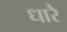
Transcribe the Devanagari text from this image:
धारै